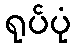
ရုပ်ပုံ